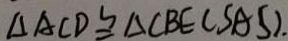
\Delta A C D \cong \Delta C B E ( S A S ) \cdot